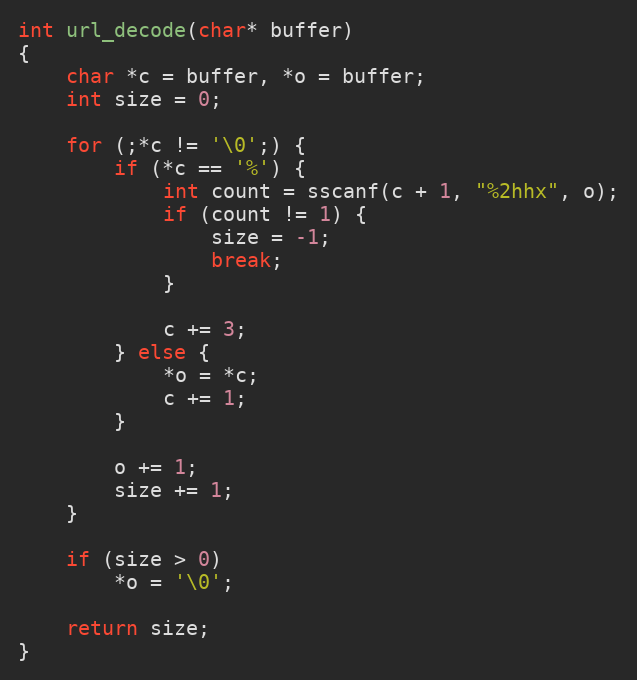
Language: C
int url_decode(char* buffer)
{
	char *c = buffer, *o = buffer;
	int size = 0;

	for (;*c != '\0';) {
		if (*c == '%') {
			int count = sscanf(c + 1, "%2hhx", o);
			if (count != 1) {
				size = -1;
				break;
			}

			c += 3;
		} else {
			*o = *c;
			c += 1;
		}

		o += 1;
		size += 1;
	}

	if (size > 0)
		*o = '\0';

	return size;
}